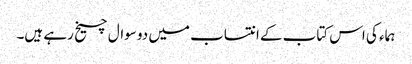
ہماء کی اس کتاب کے انتساب میں دو سوال چیخ رہے ہیں۔